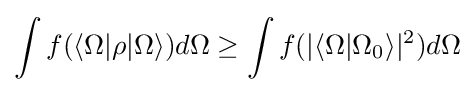
\int f(\langle \Omega |\rho |\Omega \rangle )d\Omega \geq \int f(|\langle \Omega |\Omega _{0}\rangle |^{2})d\Omega